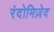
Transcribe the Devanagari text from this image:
रंदोमिज़ेद